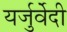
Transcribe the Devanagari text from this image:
यर्जुर्वेेदी